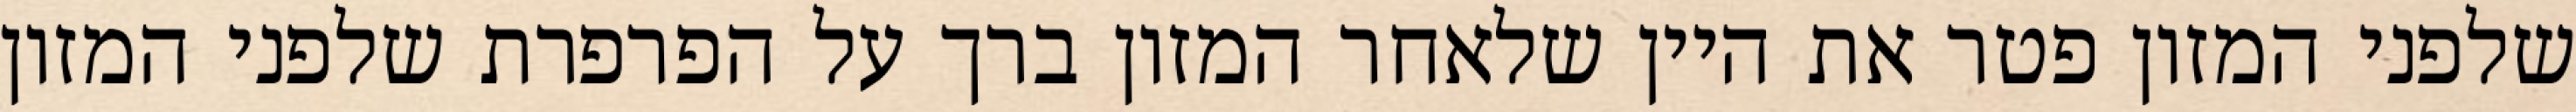
שלפני המזון פטר את היין שלאחר המזון ברך על הפרפרת שלפני המזון